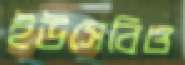
ইউসেবিও